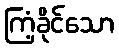
ကြံ့ခိုင်သော